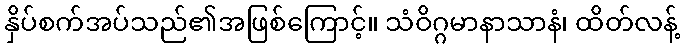
နှိပ်စက်အပ်သည်၏အဖြစ်ကြောင့်။ သံဝိဂ္ဂမာနာသာနံ၊ ထိတ်လန့်